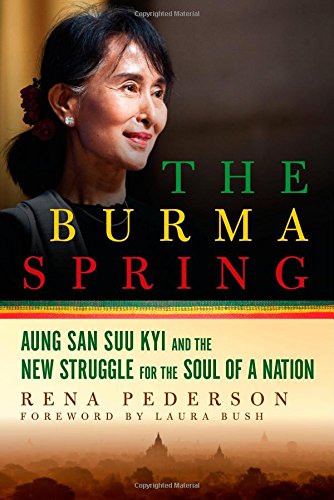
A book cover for The Burma Spring: Aung San Suu Kyi and the New Struggle for the Soul of a Nation; Rena Pederson; Biographies & Memoirs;